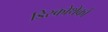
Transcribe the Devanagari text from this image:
डिस्कोथेकों